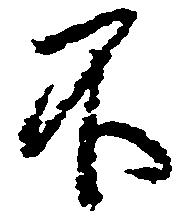
不